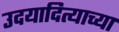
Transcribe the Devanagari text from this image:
उदयादित्याच्या